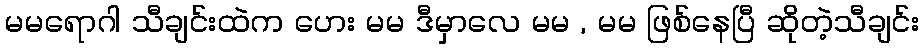
မမရောဂါ သီချင်းထဲက ဟေး မမ ဒီမှာလေ မမ , မမ ဖြစ်နေပြီ ဆိုတဲ့သီချင်း